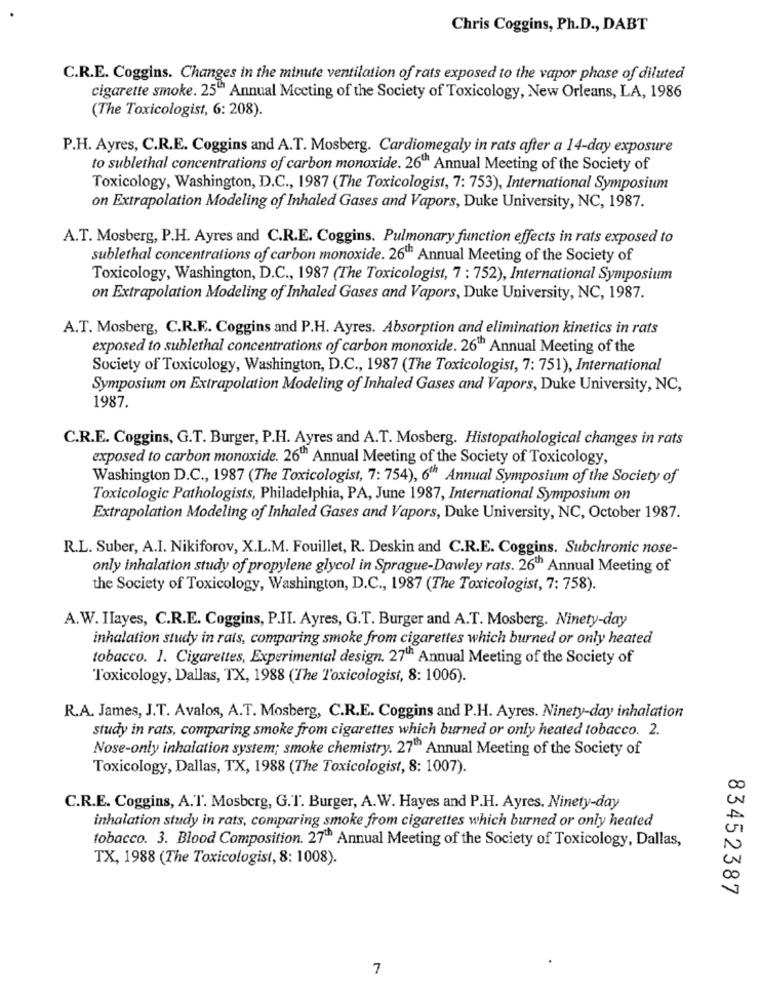
Chris Coggins, Ph.D ., DABT
C.R.E. Coggins. Changes in the minute ventilation of rats exposed to the vapor phase of diluted
cigarette smoke. 25th Annual Mccting of the Society of Toxicology, New Orleans, LA, 1986
(The Toxicologist, 6: 208).
P.H. Ayres, C.R.E. Coggins and A.T. Mosberg. Cardiomegaly in rats after a 14-day exposure
to sublethal concentrations of carbon monoxide. 26"" Annual Meeting of the Society of
Toxicology, Washington, D.C ., 1987 (The Toxicologist, 7: 753), International Symposium
on Extrapolation Modeling of Inhaled Gases and Vapors, Duke University, NC, 1987.
A.T. Mosberg, P.H. Ayres and C.R.E. Coggins. Pulmonary function effects in rats exposed to
sublethal concentrations of carbon monoxide. 26th Annual Meeting of the Society of
Toxicology, Washington, D.C ., 1987 (The Toxicologist, 7 : 752), International Symposium
on Extrapolation Modeling of Inhaled Gases and Vapors, Duke University, NC, 1987.
A.T. Mosberg, C.R.F. Coggins and P.H. Ayres. Absorption and elimination kinetics in rats
exposed to sublethal concentrations of carbon monoxide. 26th Annual Meeting of the
Society of Toxicology, Washington, D.C ., 1987 (The Toxicologist, 7: 751), International
Symposium on Extrapolation Modeling of Inhaled Gases and Vapors, Duke University, NC,
1987.
C.R.E. Coggins, G.T. Burger, P.H. Ayres and A.T. Mosberg. Histopathological changes in rats
exposed to carbon monoxide. 26th Annual Meeting of the Society of Toxicology,
Washington D.C ., 1987 (The Toxicologist, 7: 754), 6th Annual Symposium of the Society of
Toxicologic Pathologists, Philadelphia, PA, June 1987, International Symposium on
Extrapolation Modeling of Inhaled Gases and Vapors, Duke University, NC, October 1987.
R.L. Suber, A.I. Nikiforov, X.L.M. Fouillet, R. Deskin and C.R.E. Coggins. Subchronic nose-
only inhalation study of propylene glycol in Sprague-Dawley rats. 26" Annual Meeting of
the Society of Toxicology, Washington, D.C ., 1987 (The Toxicologist, 7: 758).
A.W. Ilayes, C.R.E. Coggins, P.II. Ayres, G.T. Burger and A.T. Mosberg. Ninety-day
inhalation study in rats, comparing smoke from cigarettes which burned or only heated
tobacco. 1. Cigarettes, Experimental design. 27th Annual Meeting of the Society of
Toxicology, Dallas, TX, 1988 (The Toxicologist, 8: 1006).
R.A. James, J.T. Avalos, A.T. Mosberg, C.R.E. Coggins and P.H. Ayres. Ninety-day inhalation
study in rats, comparing smoke from cigarettes which burned or only heated tobacco. 2.
Nose-only inhalation system; smoke chemistry. 27" Annual Meeting of the Society of
Toxicology, Dallas, TX, 1988 (The Toxicologist, 8: 1007).
C.R.E. Coggins, A.T. Mosberg, G.T. Burger, A.W. Hayes and P.H. Ayres. Ninety-day
inhalation study in rats, comparing smoke from cigarettes which burned or only heated
tobacco. 3. Blood Composition. 27th Annual Meeting of the Society of Toxicology, Dallas,
TX, 1988 (The Toxicologist, 8: 1008).
83452387
7